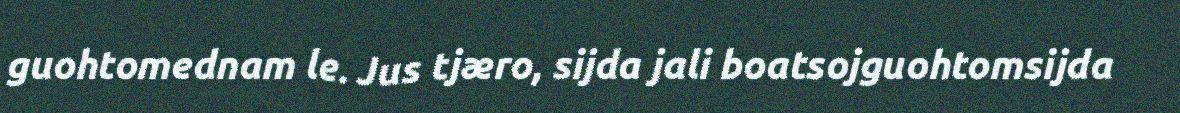
guohtomednam le. Jus tjæro, sijda jali boatsojguohtomsijda